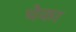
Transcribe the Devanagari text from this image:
चेका